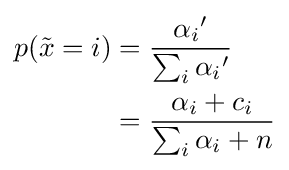
{\begin{aligned}p({\tilde {x}}=i)&={\frac {{\alpha _{i}}'}{\sum _{i}{\alpha _{i}}'}}\\&={\frac {\alpha _{i}+c_{i}}{\sum _{i}\alpha _{i}+n}}\end{aligned}}